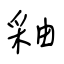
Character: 釉